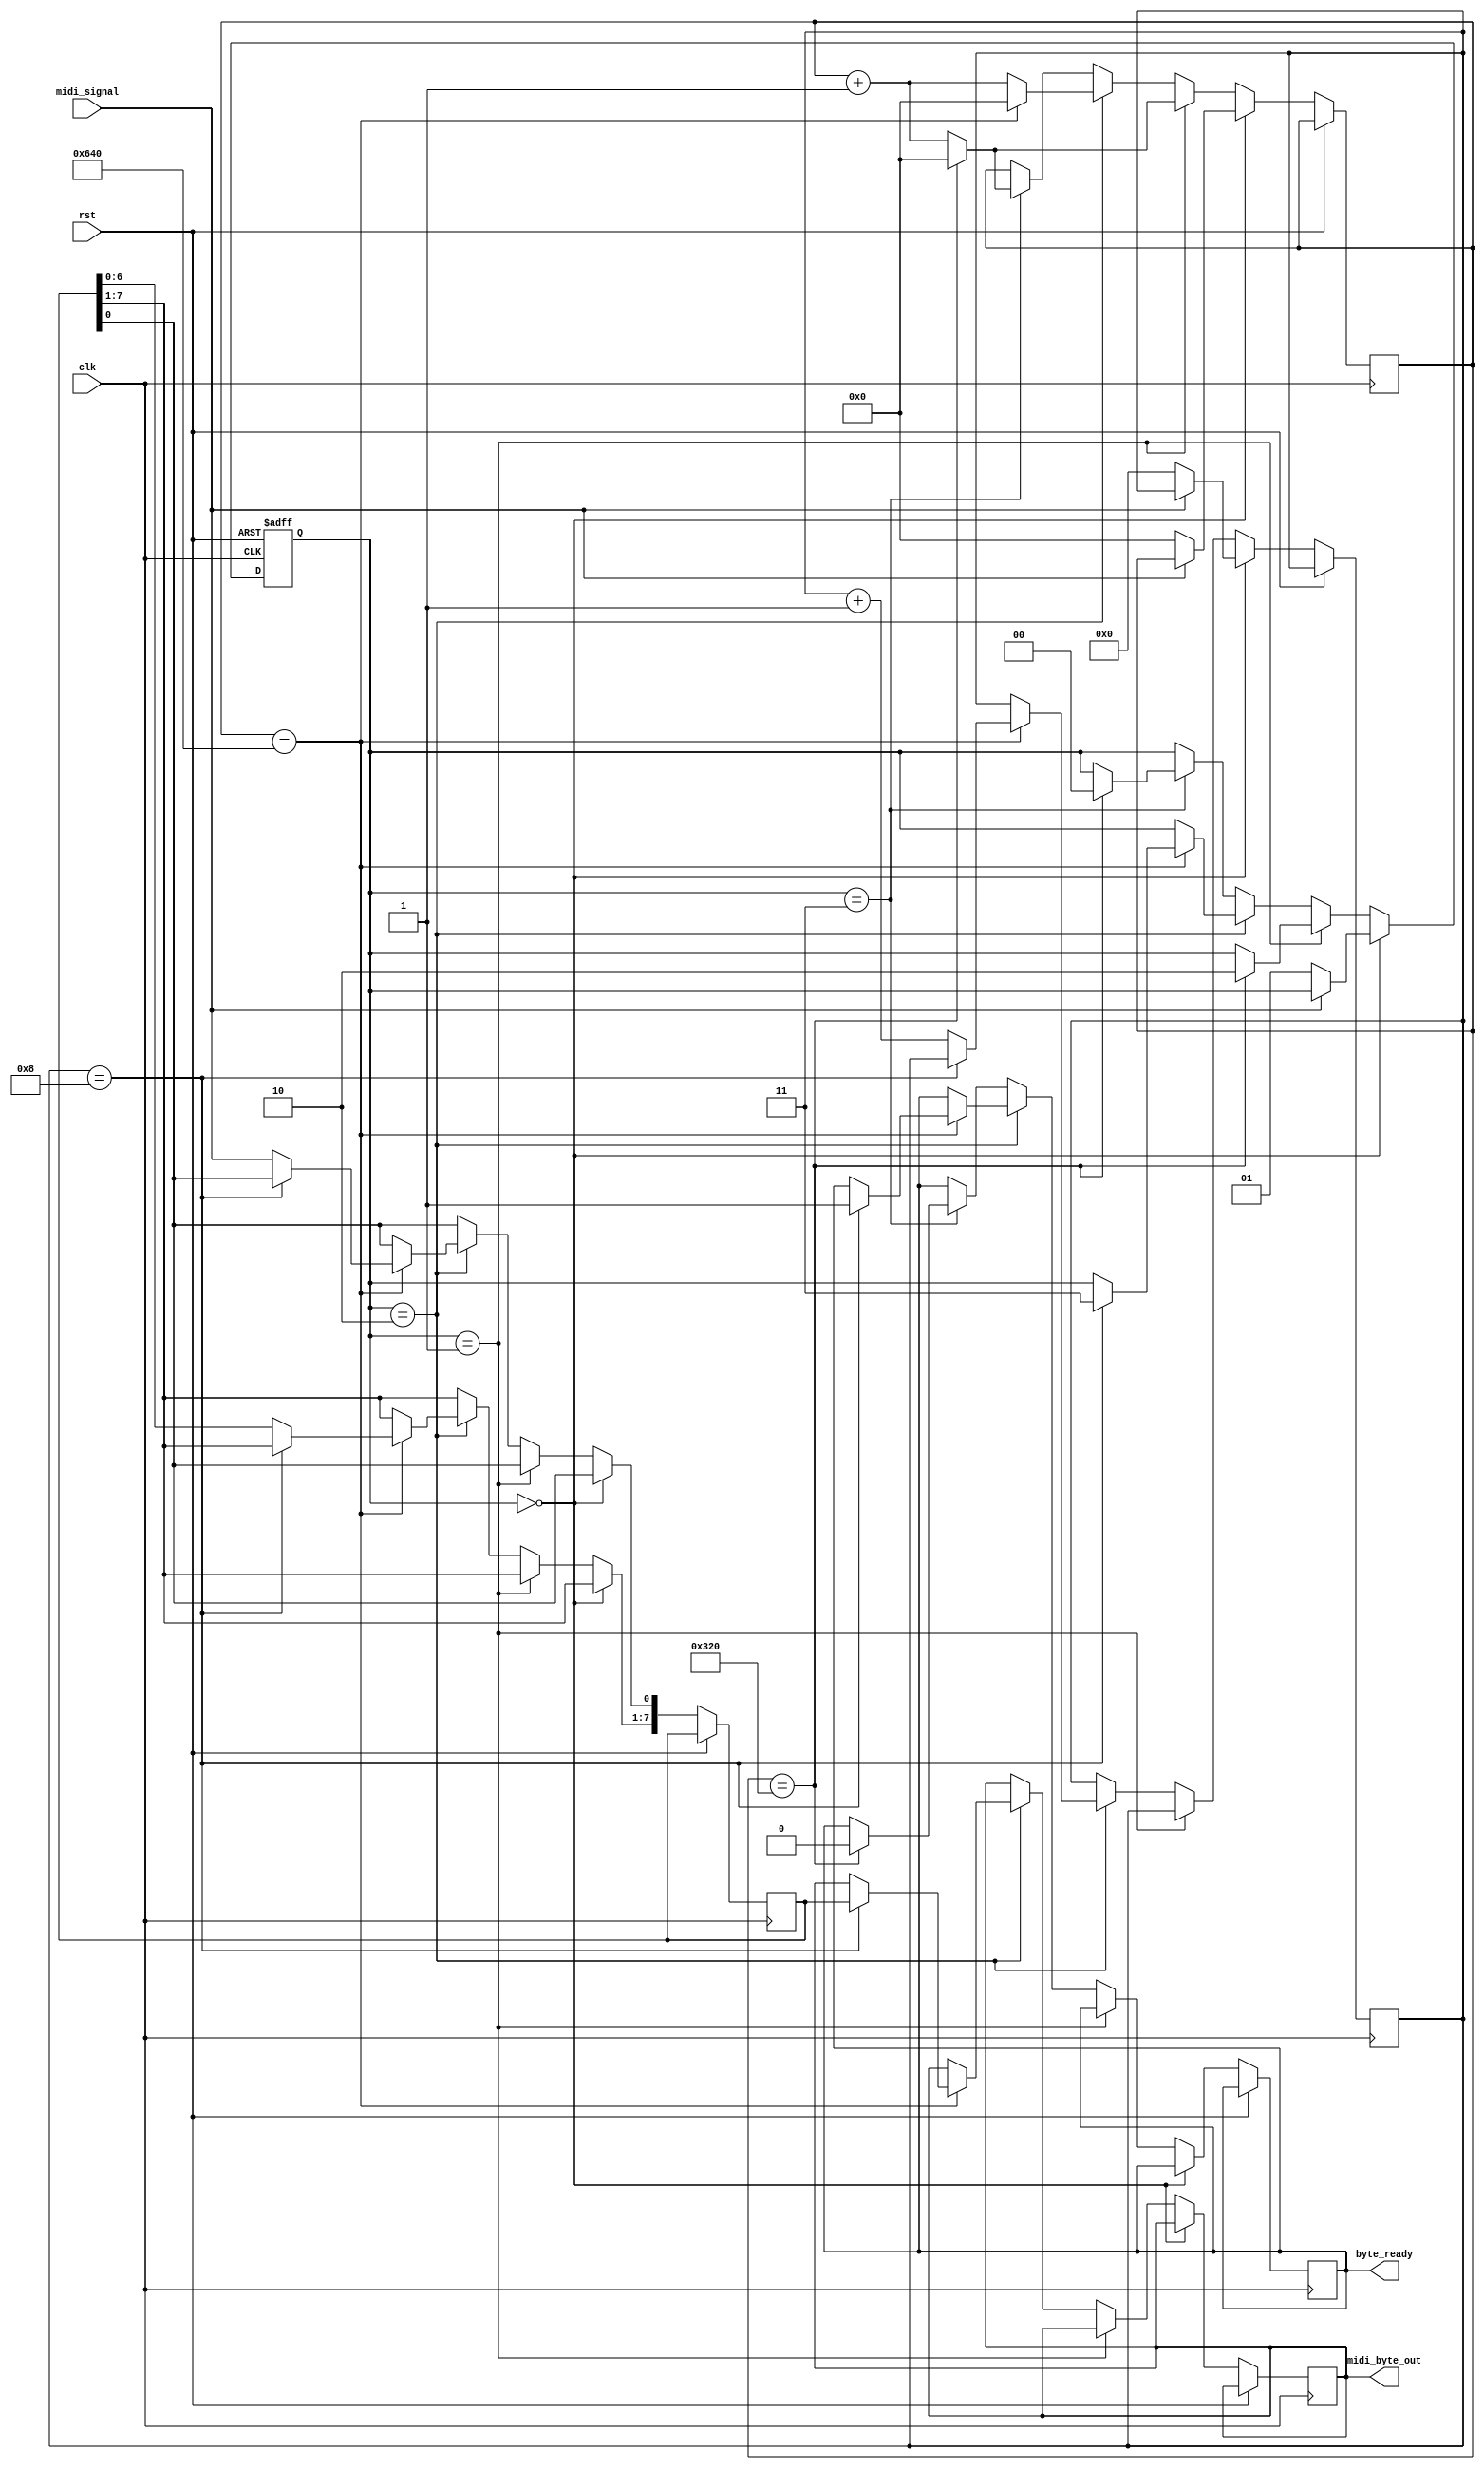
`define STATE_IDLE 0
`define STATE_IN_START_BIT 1
`define STATE_RECEIVING 2
`define STATE_DONE 3

module midi_byte_detect(
    input clk, // 50MHz clock
    input rst,
    input midi_signal,
    output reg [7:0] midi_byte_out,
    output reg byte_ready
  );
 
  // midi clk width = 32 us, which is 1600 ticks of the 50MHz clock;  we'll count 800 
  // ticks and sample every posedge, so that we catch the midi_signal in the middle of the pulse
  localparam half_clock_ticks = 800;
  localparam full_clock_ticks = half_clock_ticks * 2;
  reg [15:0] counter;
  reg [7:0] midi_fifo;

  reg [1:0] state;
  reg [3:0] bit_num;
  
  // generate midi_clk and counter
  always @(posedge clk or posedge rst) begin
    if (rst) begin
      state <= `STATE_IDLE;
    end else begin
      if (state == `STATE_IDLE) begin
        if (midi_signal == 0) begin
          counter <= 0;
          bit_num <= 0;
          state <= `STATE_IN_START_BIT;
        end
      end else if(state == `STATE_IN_START_BIT) begin
        if (counter == half_clock_ticks) begin
          counter <= 0;
          state <= `STATE_RECEIVING;
        end else begin
          counter <= counter + 1;
        end
      end else if(state == `STATE_RECEIVING) begin
        if (counter == full_clock_ticks) begin
          counter <= 0;
          if (bit_num == 8) begin
            midi_byte_out <= midi_fifo;
            byte_ready <= 1;
            state <= `STATE_DONE;
          end else begin
            bit_num <= bit_num + 1;
            midi_fifo [7:1] <= midi_fifo[6:0];
            midi_fifo[0] <= midi_signal;
          end
        end else begin
          counter <= counter + 1;
        end
      end else if(state == `STATE_DONE) begin
        if (counter == half_clock_ticks) begin
          byte_ready <= 0;
          counter <= 0;
          state <= `STATE_IDLE;
        end else begin
          counter <= counter + 1;
        end
      end
    end
  end
  
 
endmodule